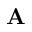
{ \bf A }